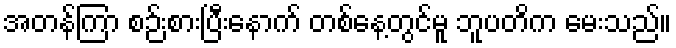
အတန်ကြာ စဉ်းစားပြီးနောက် တစ်နေ့တွင်မူ ဘူပတိက မေးသည်။